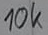
Text: 10k